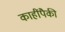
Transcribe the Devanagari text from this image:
काहींपैकी